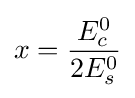
x={\frac {E_{c}^{0}}{2E_{s}^{0}}}